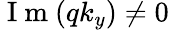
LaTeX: \mathrm{~I~m~}(qk_{y})\neq 0